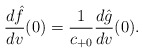
\begin{align*} \frac{d\hat{f}}{dv}(0)=\frac{1}{c_{+0}}\frac{d\hat{g}}{dv}(0).\end{align*}